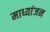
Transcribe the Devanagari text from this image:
माध्यांजन